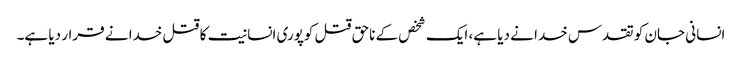
انسانی جان کو تقدس خدا نے دیا ہے، ایک شخص کے ناحق قتل کوپوری انسانیت کا قتل خدا نے قرار دیا ہے۔